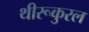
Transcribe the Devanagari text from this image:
थीरूकुरल